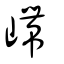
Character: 嵽